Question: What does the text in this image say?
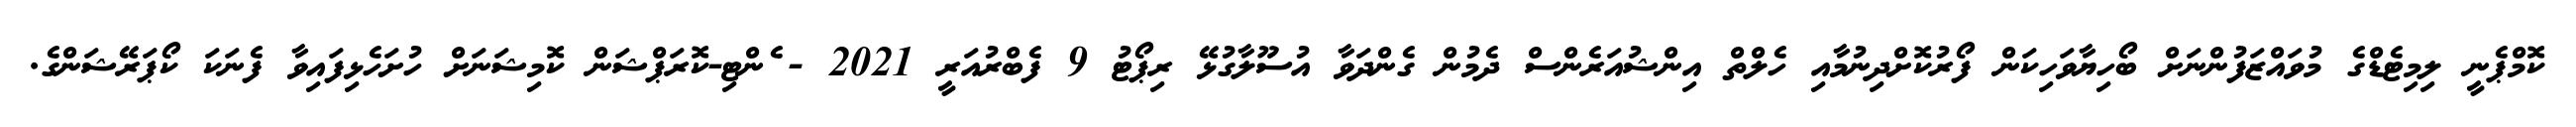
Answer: ކޮމްޕެނީ ލިމިޓެޑްގެ މުވައްޒަފުންނަށް ބޯހިޔާވަހިކަން ފޯރުކޮށްދިނުމާއި ހެލްތް އިންޝުއަރެންސް ދެމުން ގެންދަވާ އުސޫލާގުޅޭ ރިޕޯޓު 9 ފެބްރުއަރީ 2021 - ެންޓި-ކޮރަޕްޝަން ކޮމިޝަނަށް ހުށަހެޅިފައިވާ ފެނަކަ ކޯޕަރޭޝަންގެ.